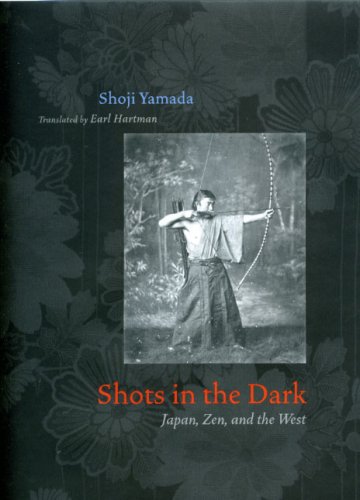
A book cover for Shots in the Dark: Japan, Zen, and the West (Buddhism and Modernity); Shoji Yamada; Sports & Outdoors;